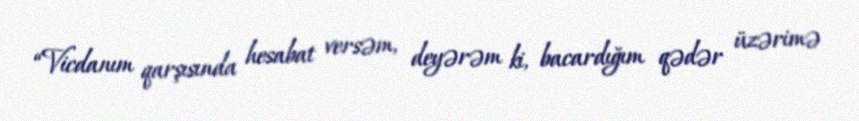
“Vicdanım qarşısında hesabat versəm, deyərəm ki, bacardığım qədər üzərimə